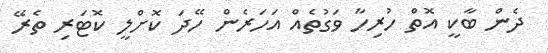
ދެން ބާކީ އޮތް ހުރިހާ ވަގުތެއް އަހަރެން ހޭދަ ކޮށްލީ ކޮޓަރި ތެރޭ